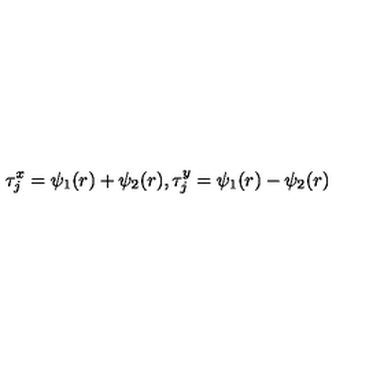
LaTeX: \tau _ { j } ^ { x } = \psi _ { 1 } ( r ) + \psi _ { 2 } ( r ) , \tau _ { j } ^ { y } = \psi _ { 1 } ( r ) - \psi _ { 2 } ( r )